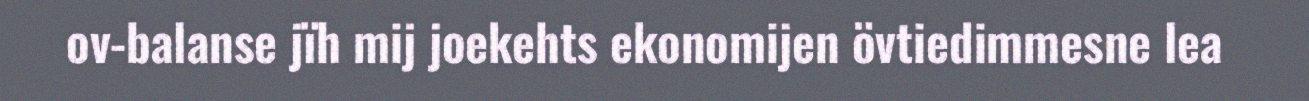
ov-balanse jïh mij joekehts ekonomijen övtiedimmesne lea